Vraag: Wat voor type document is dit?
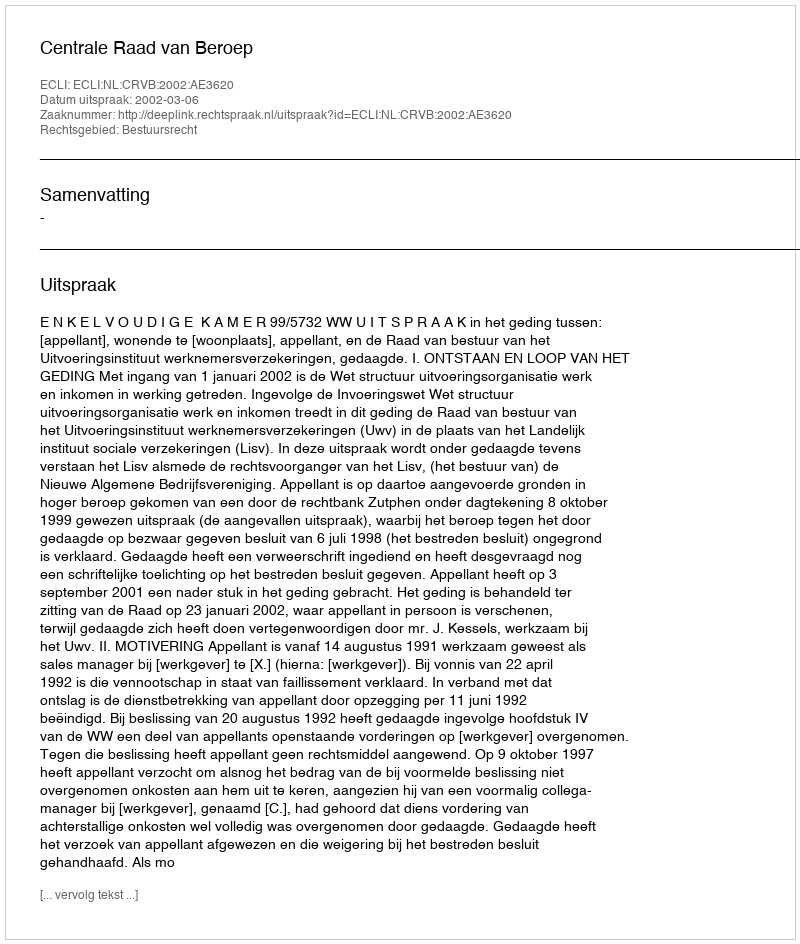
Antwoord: Uitspraak